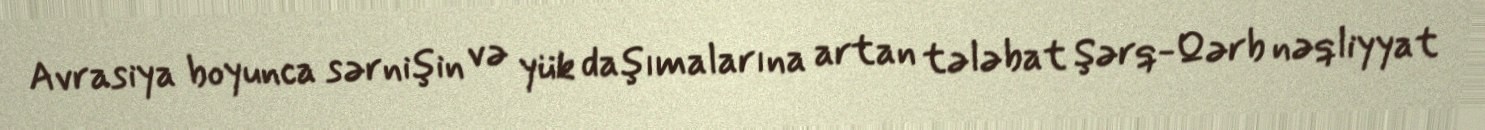
Avrasiya boyunca sərnişin və yük daşımalarına artan tələbat Şərq-Qərb nəqliyyat